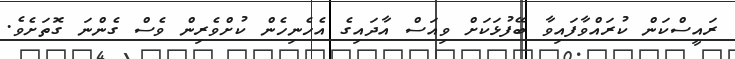
ރައީސްކަން ކުރައްވާފައިވާ ބޭފުޅަކަށް ވިއަސް އާދައިގެ އެހެނިހެން ކުށްވެރިން ވެސް ގެންނަ ގޮތަށެވެ.